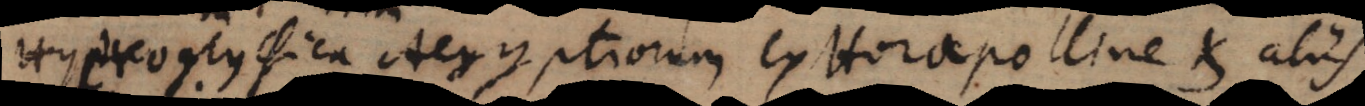
Hyeroglyphica Aegyptiorum ex Horapolline et aliis.